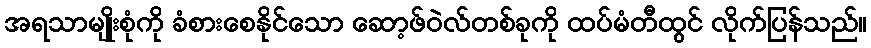
အရသာမျိုးစုံကို ခံစားစေနိုင်သော ဆော့ဖ်ဝဲလ်တစ်ခုကို ထပ်မံတီထွင် လိုက်ပြန်သည်။